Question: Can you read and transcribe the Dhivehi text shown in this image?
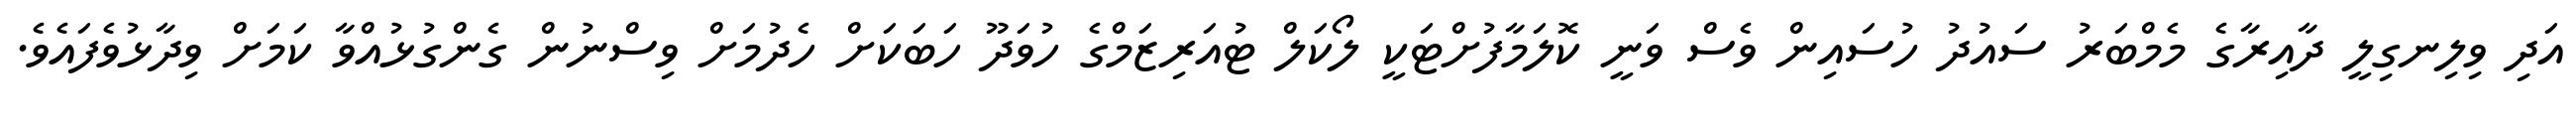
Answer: އަދި ވިލިނގިލީ ދާއިރާގެ މެމްބަރު ސައުދު ހުސައިން ވެސް ވަނީ ކޮލަމާފުށްޓަކީ ލޯކަލް ޓުއަރިޒަމްގެ ހުވަދޫ ހަބަކަށް ހެދުމަށް ވިސްނުން ގެންގުޅުއްވާ ކަމަށް ވިދާޅުވެފައެވެ.